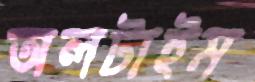
অলটাইম